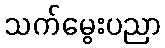
သက်မွေးပညာ